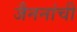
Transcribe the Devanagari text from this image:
जैननांची